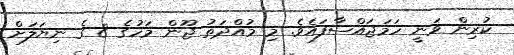
ކުރިން ވަނީ ހަމަޖައްސާފައެވެ. މި މުއްދަތު ޖޫން މަހުގެ 8 ގެ ނިޔަލަށް